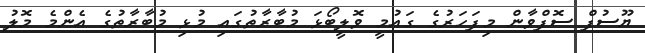
ޔޫސުފް ސޮފްވާން މިފަހަރުގެ ގައުމީ ވޮލީބޯޅަ މުބާރާތުގައި މުޅި މުބާރާތުގެ އެންމެ މޮލު